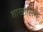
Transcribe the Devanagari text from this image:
शाखालिन